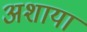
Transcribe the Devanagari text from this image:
अशाया